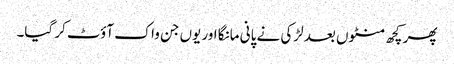
پھر کچھ منٹوں بعد لڑکی نے پانی مانگا اور یوں جن واک آؤٹ کر گیا۔